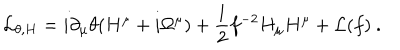
LaTeX: { \cal L } _ { \theta , H } = i \partial _ { \mu } \theta ( H ^ { \mu } + i \Omega ^ { \mu } ) + { \frac { 1 } { 2 } } f ^ { - 2 } H _ { \mu } H ^ { \mu } + { \cal L } ( f ) \ .